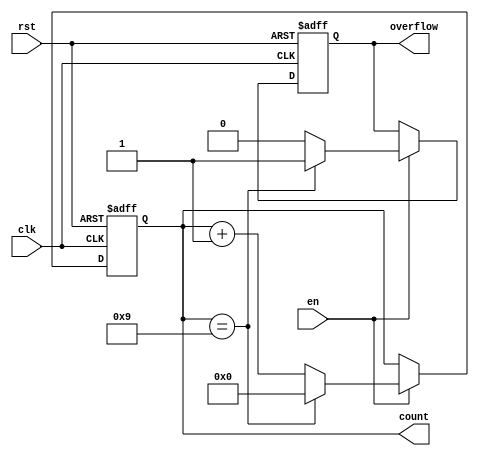
module ModulusCounter #(
    parameter N = 10  // Modulus value, should be > 0
) (
    input wire clk,    // Clock input
    input wire rst,    // Asynchronous reset
    input wire en,     // Enable signal to start/stop counting
    output reg [N-1:0] count, // N-bit wide count output
    output reg overflow // Overflow indication signal
);

    // Ensure that the modulus value is greater than zero
    initial begin
        if (N <= 0) begin
            $fatal("Modulus value N must be greater than zero");
        end
    end

    // Always block triggered on rising edge of the clock
    always @(posedge clk or posedge rst) begin
        if (rst) begin
            count <= 0;      // Reset count to 0
            overflow <= 0;   // Clear overflow
        end else if (en) begin
            if (count == (N - 1)) begin
                count <= 0;  // Reset count to 0 upon reaching modulus
                overflow <= 1; // Set overflow signal
            end else begin
                count <= count + 1; // Increment count
                overflow <= 0; // Clear overflow signal
            end
        end
    end

endmodule